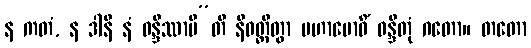
န ကတံ, န ဒါနိ နံ ဝန္ဒိဿာမီ”တိ နိဝတ္တိတွာ မဟာဗောဓိံ ဝန္ဒိတုံ ဂတော။ တတော